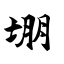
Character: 堋